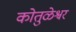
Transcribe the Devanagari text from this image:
कोतुळेश्वर